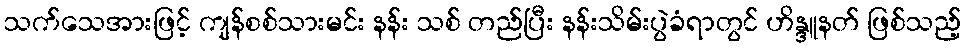
သက်သေအားဖြင့် ကျန်စစ်သားမင်း နန်း သစ် တည်ပြီး နန်းသိမ်းပွဲခံရာတွင် ဟိန္ဒူနတ် ဖြစ်သည့်